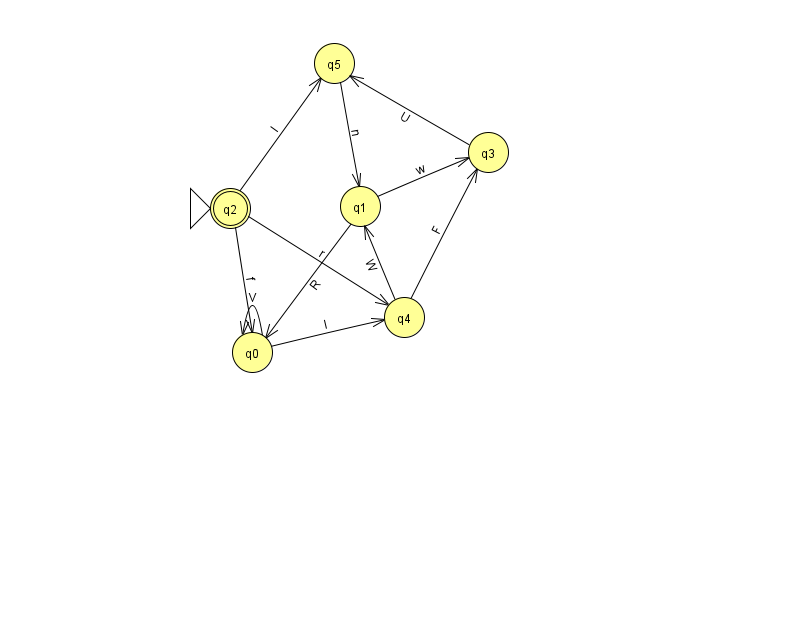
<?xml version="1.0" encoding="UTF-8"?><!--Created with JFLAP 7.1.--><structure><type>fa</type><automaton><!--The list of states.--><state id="0" name="q0"><x>252.0</x><y>339.0</y></state><state id="1" name="q1"><x>360.0</x><y>193.0</y></state><state id="2" name="q2"><x>230.0</x><y>195.0</y><initial/><final/></state><state id="3" name="q3"><x>488.0</x><y>139.0</y></state><state id="4" name="q4"><x>404.0</x><y>304.0</y></state><state id="5" name="q5"><x>334.0</x><y>50.0</y></state><!--The list of transitions.--><transition><from>1</from><to>3</to><read>w</read></transition><transition><from>2</from><to>4</to><read>r</read></transition><transition><from>5</from><to>1</to><read>n</read></transition><transition><from>2</from><to>0</to><read>f</read></transition><transition><from>0</from><to>0</to><read>V</read></transition><transition><from>4</from><to>1</to><read>W</read></transition><transition><from>1</from><to>0</to><read>R</read></transition><transition><from>2</from><to>5</to><read>l</read></transition><transition><from>3</from><to>5</to><read>U</read></transition><transition><from>0</from><to>4</to><read>l</read></transition><transition><from>4</from><to>3</to><read>F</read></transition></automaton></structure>